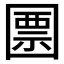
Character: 𡈜